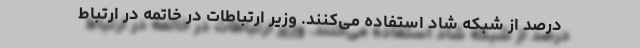
درصد از شبکه شاد استفاده می‌کنند. وزیر ارتباطات در خاتمه در ارتباط